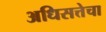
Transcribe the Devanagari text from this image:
अधिसत्तेचा